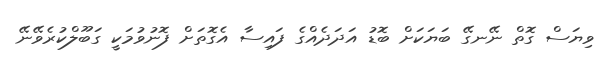
ވިޔަސް ގޮތް ނޭނގޭ ބަޔަކަށް ބޮޑު އަދަދެއްގެ ފައިސާ އެގޮތަށް ފޮނުވުމަކީ ގަބޫލްކުރެވޭނޭ